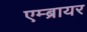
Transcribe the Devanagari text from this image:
एम्ब्रायर